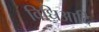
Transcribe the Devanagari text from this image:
विधिआदि